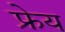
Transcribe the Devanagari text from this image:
फ्रेय